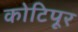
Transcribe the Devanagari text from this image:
कोटिपूर